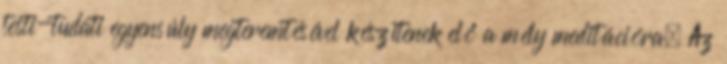
testi-tudati egyensúly megteremtésével készítenek elő a mély meditációra. Az